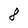
Character: 8